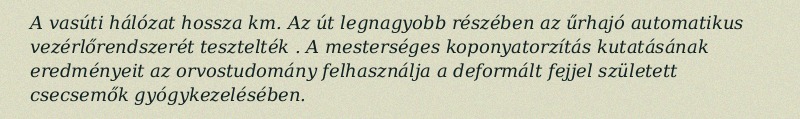
A vasúti hálózat hossza  km. Az út legnagyobb részében az űrhajó automatikus vezérlőrendszerét tesztelték . A mesterséges koponyatorzítás kutatásának eredményeit az orvostudomány felhasználja a deformált fejjel született csecsemők gyógykezelésében.